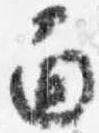
面